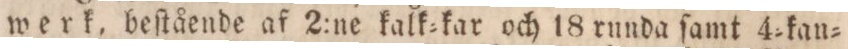
werk, beſtående af 2:ne kalk=kar och 18 runda ſamt 4=kan=